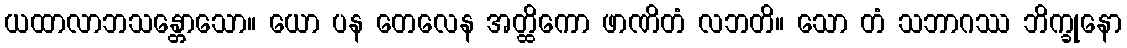
ယထာလာဘသန္တောသော။ ယော ပန တေလေန အတ္ထိကော ဖာဏိတံ လဘတိ။ သော တံ သဘာဂဿ ဘိက္ခုနော